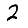
Digit: 2